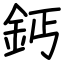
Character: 鈣